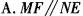
A.MF//NE